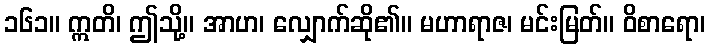
၁၆၁။ ဣတိ၊ ဤသို့။ အာဟ၊ လျှောက်ဆို၏။ မဟာရာဇ၊ မင်းမြတ်။ ဝိစာရော၊